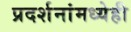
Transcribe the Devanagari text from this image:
प्रदर्शनांमध्येही